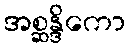
အစ္ဆန္ဒိကော